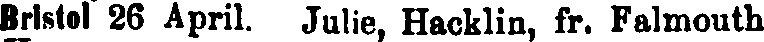
Bristol 26 April. Julie, Hacklin, fr. Falmouth